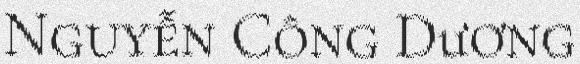
Nguyễn Công Dương